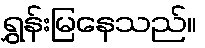
ရွှန်းမြနေသည်။